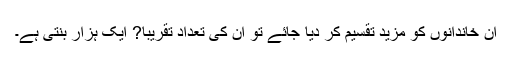
ان خاندانوں کو مزید تقسیم کر دیا جائے تو ان کی تعداد تقریبا? ایک ہزار بنتی ہے۔